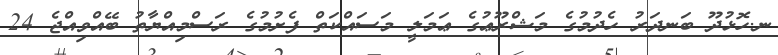
ނ.ހޮޅުދޫ ބަނދަރު ހެދުމުގެ މަޝްރޫޢުގެ ޢަމަލީ މަސައްކަތް ފެށުމުގެ ރަސްމިއްޔާތު ބޭއްވިއްޖެ 24